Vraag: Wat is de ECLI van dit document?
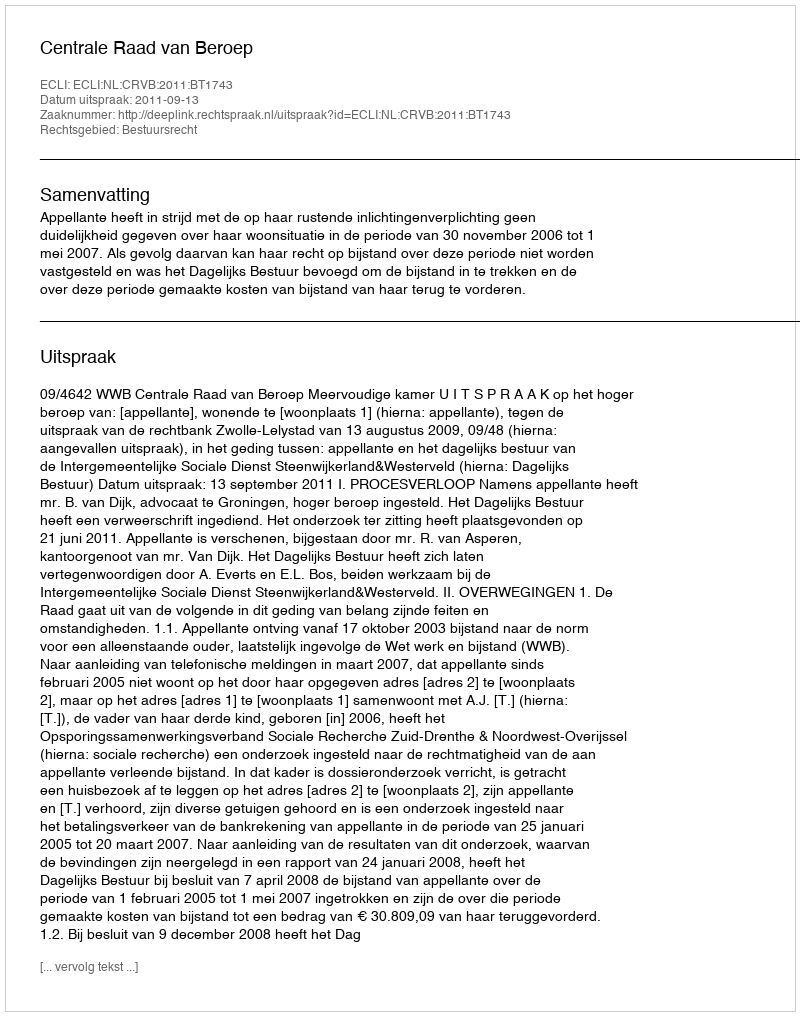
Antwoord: ECLI:NL:CRVB:2011:BT1743